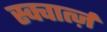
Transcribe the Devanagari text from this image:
स्क्वार्त्ज़